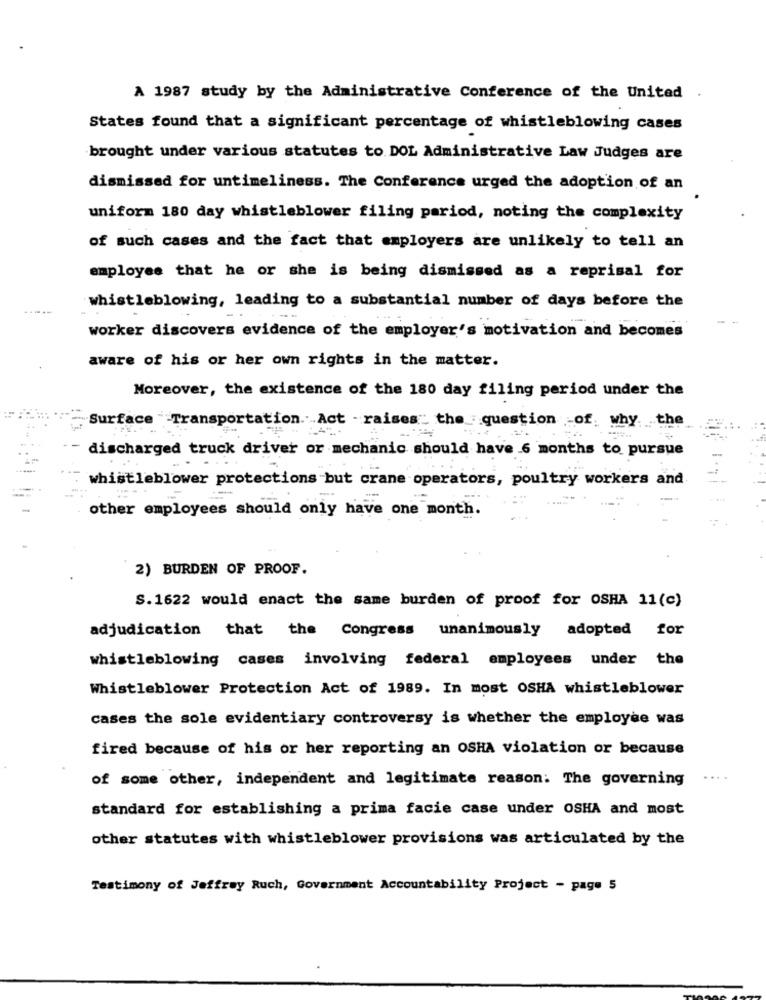
A 1987 study by the Administrative Conference of the United
States found that a significant percentage of whistleblowing cases
brought under various statutes to DOL Administrative Law Judges are
dismissed for untimeliness. The Conference urged the adoption of an
uniform 180 day whistleblower filing period, noting the complexity
of such cases and the fact that employers are unlikely to tell an
employee that he or she is being dismissed as a reprisal for
whistleblowing, leading to a substantial number of days before the
-
worker discovers evidence of the employer's motivation and becomes
aware of his or her own rights in the matter.
Moreover, the existence of the 180 day filing period under the
Surface Transportation. Act - raises: the question of, why. the
discharged truck driver or mechanic should have 6 months to pursue
whistleblower protections but crane operators, poultry workers and
other employees should only have one month.
2) BURDEN OF PROOF.
S. 1622 would enact the same burden of proof for OSHA 11(c)
adjudication that the Congress unanimously adopted for
whistleblowing cases involving federal employees under the
Whistleblower Protection Act of 1989. In most OSHA whistleblower
cases the sole evidentiary controversy is whether the employee was
fired because of his or her reporting an OSHA violation or because
of some other, independent and legitimate reason: The governing
....
standard for establishing a prima facie case under OSHA and most
other statutes with whistleblower provisions was articulated by the
Testimony of Jeffrey Ruch, Government Accountability Project - page 5